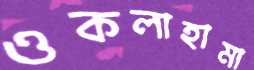
ওকলাহামা